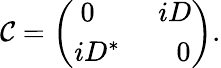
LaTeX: {\cal C}=\left(\begin{array}{c}{{\ 0\quad\ \ \ \ \ iD}}\\ {{iD^{*}\quad\ \ \ \ 0}}\end{array}\right).